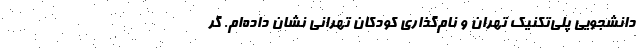
دانشجویی پلی‌تکنیک تهران و نام‌گذاری کودکان تهرانی نشان داده‌ام. گر